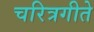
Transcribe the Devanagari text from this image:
चरित्रगीते